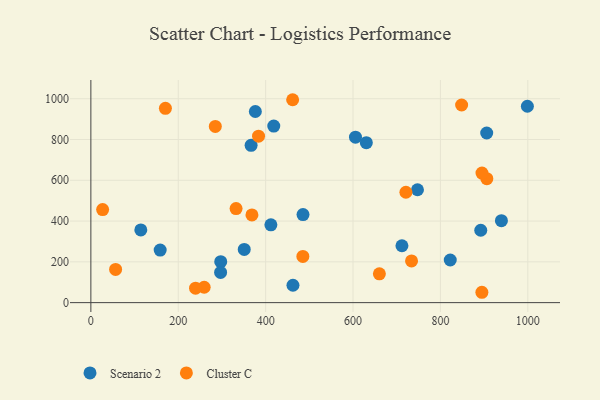
{"axis": {"x": "Experience", "y": "Sales"}, "legend": ["Cluster C", "Scenario 2"], "data": [{"x": "747.5", "y": 553.5, "type": "Scenario 2"}, {"x": "412.0", "y": 381.4, "type": "Scenario 2"}, {"x": "114.3", "y": 356.5, "type": "Scenario 2"}, {"x": "376.4", "y": 937.4, "type": "Scenario 2"}, {"x": "605.6", "y": 811.3, "type": "Scenario 2"}, {"x": "297.2", "y": 200.7, "type": "Scenario 2"}, {"x": "822.5", "y": 209.2, "type": "Scenario 2"}, {"x": "905.9", "y": 832.0, "type": "Scenario 2"}, {"x": "351.0", "y": 261.0, "type": "Scenario 2"}, {"x": "418.6", "y": 866.0, "type": "Scenario 2"}, {"x": "630.4", "y": 784.5, "type": "Scenario 2"}, {"x": "296.9", "y": 148.3, "type": "Scenario 2"}, {"x": "892.3", "y": 354.9, "type": "Scenario 2"}, {"x": "158.6", "y": 257.9, "type": "Scenario 2"}, {"x": "485.5", "y": 431.8, "type": "Scenario 2"}, {"x": "462.5", "y": 85.3, "type": "Scenario 2"}, {"x": "711.9", "y": 278.9, "type": "Scenario 2"}, {"x": "939.6", "y": 401.8, "type": "Scenario 2"}, {"x": "366.7", "y": 771.3, "type": "Scenario 2"}, {"x": "999.0", "y": 963.0, "type": "Scenario 2"}, {"x": "848.5", "y": 969.3, "type": "Cluster C"}, {"x": "259.3", "y": 75.4, "type": "Cluster C"}, {"x": "170.6", "y": 953.1, "type": "Cluster C"}, {"x": "332.3", "y": 461.2, "type": "Cluster C"}, {"x": "383.7", "y": 816.5, "type": "Cluster C"}, {"x": "26.9", "y": 456.3, "type": "Cluster C"}, {"x": "894.9", "y": 50.8, "type": "Cluster C"}, {"x": "461.8", "y": 995.1, "type": "Cluster C"}, {"x": "660.3", "y": 141.4, "type": "Cluster C"}, {"x": "239.6", "y": 70.7, "type": "Cluster C"}, {"x": "906.2", "y": 607.9, "type": "Cluster C"}, {"x": "284.8", "y": 864.1, "type": "Cluster C"}, {"x": "895.1", "y": 635.4, "type": "Cluster C"}, {"x": "733.9", "y": 204.5, "type": "Cluster C"}, {"x": "485.2", "y": 226.5, "type": "Cluster C"}, {"x": "368.6", "y": 430.1, "type": "Cluster C"}, {"x": "56.6", "y": 163.0, "type": "Cluster C"}, {"x": "721.0", "y": 541.4, "type": "Cluster C"}]}